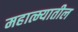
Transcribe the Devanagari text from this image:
महात्म्यातील